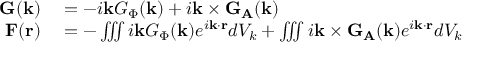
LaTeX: \begin{array} { r l } { \mathbf { G } ( \mathbf { k } ) } & { { } = - i \mathbf { k } G _ { \Phi } ( \mathbf { k } ) + i \mathbf { k } \times \mathbf { G } _ { \mathbf { A } } ( \mathbf { k } ) } \\ { \mathbf { F } ( \mathbf { r } ) } & { { } = - \iiint i \mathbf { k } G _ { \Phi } ( \mathbf { k } ) e ^ { i \mathbf { k } \cdot \mathbf { r } } d V _ { k } + \iiint i \mathbf { k } \times \mathbf { G } _ { \mathbf { A } } ( \mathbf { k } ) e ^ { i \mathbf { k } \cdot \mathbf { r } } d V _ { k } } \end{array}